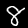
Label: 8